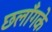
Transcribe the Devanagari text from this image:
छलाँगके